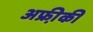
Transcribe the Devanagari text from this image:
अफ्री़की